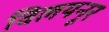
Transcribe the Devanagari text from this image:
विलयनूर